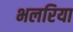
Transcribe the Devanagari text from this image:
भलरिया